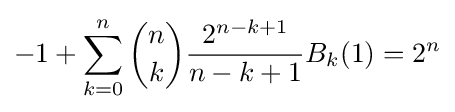
-1+\sum _{k=0}^{n}{\binom {n}{k}}{\frac {2^{n-k+1}}{n-k+1}}B_{k}(1)=2^{n}